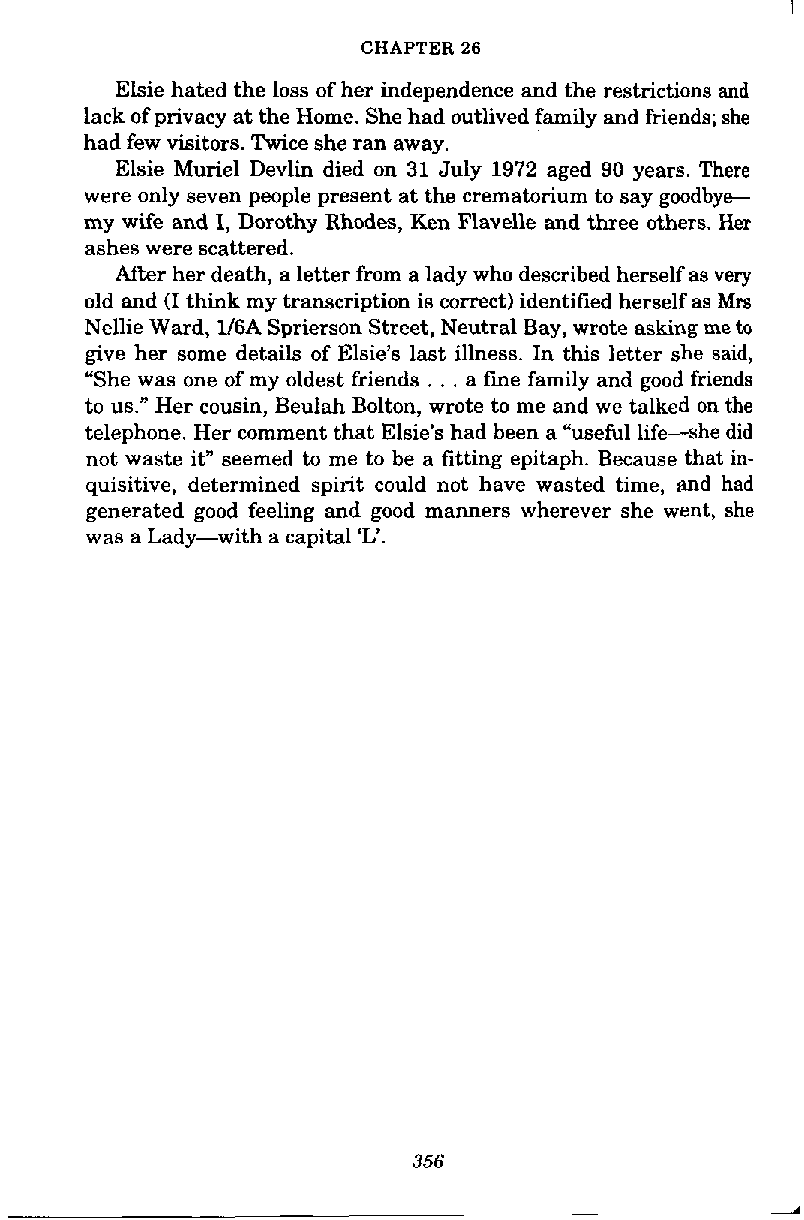
CHAPTER 26
 Elsie hated the loss of her independence and the restrictions and
 lack of privacy at the Home. She had outlived family and friends; she
 had few visitors. Twice she ran away.
 Elsie Muriel Devlin died on 31 July 1972 aged 90 years. There
 were only seven people present at the crematorium to say goodbye--
 my wife and I, Dorothy Rhodes, Ken Flavelle and three others. Her
 ashes were scattered.
 After her death, a letter from a lady who described herself as very
 old and (I think my transcription is correct) identified herself as Mrs
 Nellie Ward, 1/6A Sprierson Street, Neutral Bay, wrote asking me to
 give her some details of Elsie's last illness. In this letter she said,
 "She was one of my oldest friends . . . a fine family and good friends
 to us." Her cousin, Beulah Bolton, wrote to me and we talked on the
 telephone. Her comment that Elsie's had been a "useful life-she did
 not waste it" seemed to me to be a fitting epitaph. Because that in-
 quisitive, determined spirit could not have wasted time, ,and had
 generated good feeling and good manners wherever she went, she
 was a Lady-with a capital 'L'.